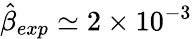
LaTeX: \hat{\beta}_{exp}\simeq 2\times 10^{-3}